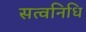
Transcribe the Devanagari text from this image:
सत्वनिधि